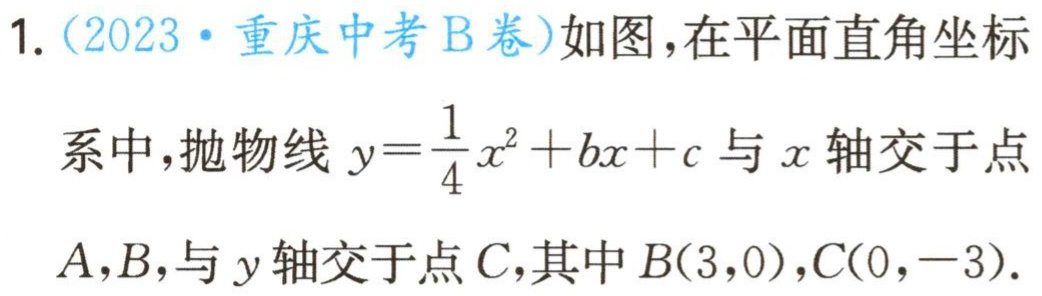
1. (2023·重庆中考B卷)如图，在平面直角坐标系中，抛物线\(y = \frac{1}{4}x^{2}+bx + c\)与\(x\)轴交于点\(A,B\)，与\(y\)轴交于点\(C\)，其中\(B(3,0)\)，\(C(0,-3)\).